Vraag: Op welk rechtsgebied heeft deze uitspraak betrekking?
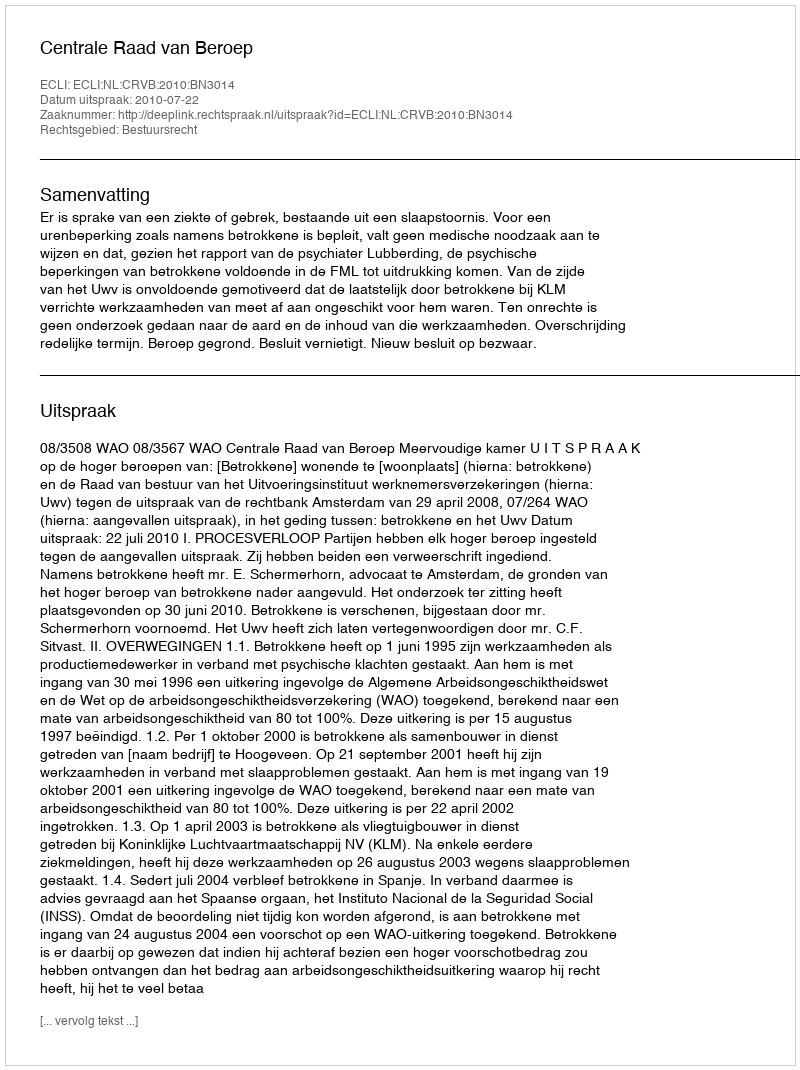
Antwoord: Bestuursrecht